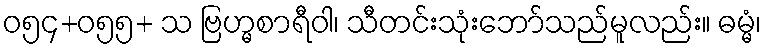
ဝ၅၄+၀၅၅+ သ ဗြဟ္မစာရီဝါ၊ သီတင်းသုံးဘော်သည်မူလည်း။ ဓမ္မံ၊